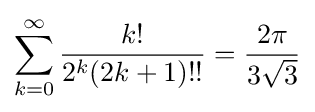
\sum _{k=0}^{\infty }{\frac {k!}{2^{k}(2k+1)!!}}={\frac {2\pi }{3{\sqrt {3}}}}